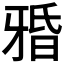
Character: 𤘏